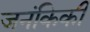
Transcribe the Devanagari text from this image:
जनंकिकी